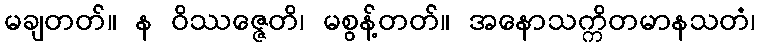
မချတတ်။ န ဝိဿဇ္ဇေတိ၊ မစွန့်တတ်။ အနောသက္ကိတမာနသတံ၊